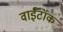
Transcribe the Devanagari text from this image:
वाईटॉक